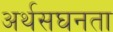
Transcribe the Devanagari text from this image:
अर्थसघनता